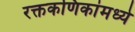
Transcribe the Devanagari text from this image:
रक्तकणिकांमध्ये